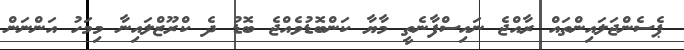
ޕެސެންޖަލައިންތައް ރާއްޖެ ނައިސްފާނެތީ މާޔާ ކަންބޮޑުވެއްޖެ ބޮޑު ދެ ކްރޫޒްލައިނާ މިމަހު އަންނަން